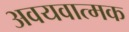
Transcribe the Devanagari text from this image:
अवयवात्मक